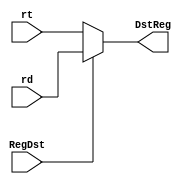
// mux between IF and ID
module mux1(rt, rd, RegDst, DstReg);
    input      [4:0] rt;           // instr[20:16] I
    input      [4:0] rd;           // instr[15:11] R
    input            RegDst;       // signal
    output reg [4:0] DstReg;       // selected register
    
    always @(*) 
        if (RegDst)
            DstReg <= rd;
        else 
            DstReg <= rt;

endmodule


// mux between ID and EX
module mux2(out2, Ext, ALUSrc, DstData);
    input      [31:0] out2;        // out2 of regfile
    input      [31:0] Ext;         // immediate number
    input             ALUSrc;      // signal
    output reg [31:0] DstData;     // selected data

    always @(*)
    begin
        if (ALUSrc)
            DstData <= Ext;
        else
            DstData <= out2;
        // $display("mux2_out:%h", DstData);
    end

endmodule

// mux between MEM and WB
module mux3(dm_out, alu_out, MemtoReg, mux3_out);
    input       [31:0] dm_out;      // result of dm
    input       [31:0] alu_out;     // result of alu
    input              MemtoReg;    // signal
    output reg  [31:0] mux3_out;   // selected data

    always @(*)
        if (MemtoReg)
            mux3_out <= dm_out;
        else
            mux3_out <= alu_out;

endmodule

module mux4(mux3_out, MEM_WB_pc_add_out, PctoReg, mux4_out);
    input       [31:0] mux3_out;
    input       [31:0] MEM_WB_pc_add_out;
    input              PctoReg;
    output reg  [31:0] mux4_out;

    always @(*) begin
        if (PctoReg)
            mux4_out <= MEM_WB_pc_add_out;
        else 
            mux4_out <= mux3_out;
    end
endmodule

// choose RegDst (nornal or 31)
module mux5(MEM_WB_mux1_out, PctoReg, mux5_out);
    input       [ 4: 0] MEM_WB_mux1_out;
    input               PctoReg;
    output reg  [ 4: 0] mux5_out;

    always @(*) begin
        if (PctoReg)
            mux5_out <= 5'b11111;       // select rs
        else 
            mux5_out <= MEM_WB_mux1_out; 
    end
endmodule //mux5